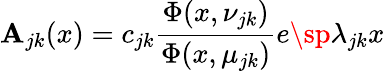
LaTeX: \mathbf{A}_{jk}(x)=c_{jk}{\frac{{\Phi(x,\nu_{jk})}}{{\Phi(x,\mu_{jk})}}}e\sp{\lambda_{jk}x}